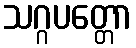
သဂ္ဂပတ္တော